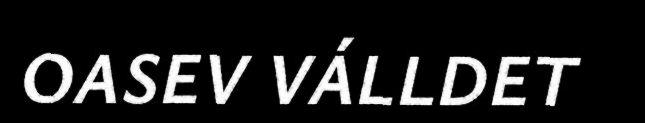
OASEV VÁLLDET